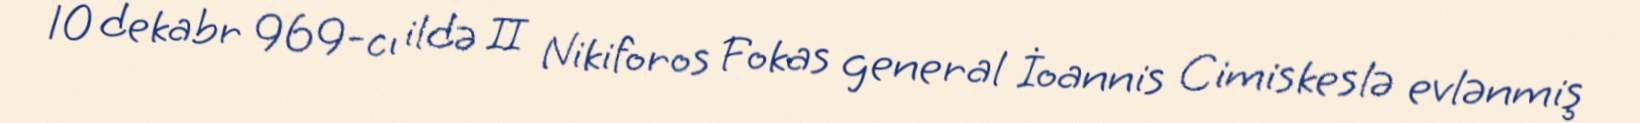
10 dekabr 969-cı ildə II Nikiforos Fokas general İoannis Cimiskeslə evlənmiş